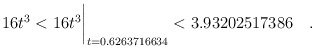
\begin{align*} 16t^3 & < 16t^3\biggr\rvert_{t=0.6263716634} < 3.93202517386 \quad . \end{align*}